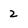
Character: 2